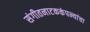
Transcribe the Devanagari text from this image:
संगीतनाटककंपन्यांचा